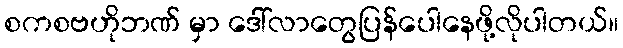
စကစဗဟိုဘဏ် မှာ ဒေါ်လာတွေပြန်ပေါနေဖို့လိုပါတယ်။